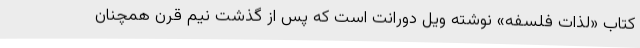
کتاب «لذات فلسفه» نوشته ویل دورانت است که پس از گذشت نیم قرن همچنان